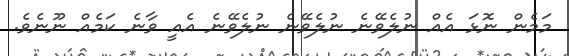
މަމެން ނޮޅަ އެއް ނުލެވޭނެ ނުލެވޭނެ ނުލެވޭނެ އެއީ ވާނެ ކަމެއް ނޫނެވެ.